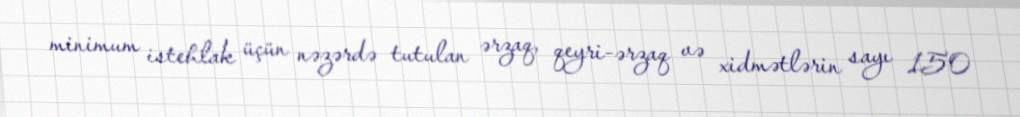
minimum istehlak üçün nəzərdə tutulan ərzaq, qeyri-ərzaq və xidmətlərin sayı 150